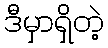
ဒီမှာရှိတဲ့